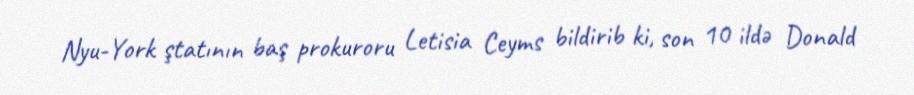
Nyu-York ştatının baş prokuroru Letisia Ceyms bildirib ki, son 10 ildə Donald